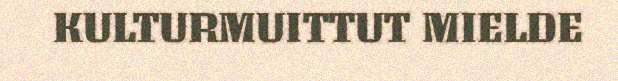
KULTURMUITTUT MIELDE